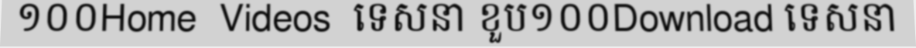
១០០Home  Videos  ទេសនា ខួប១០០Download ទេសនា